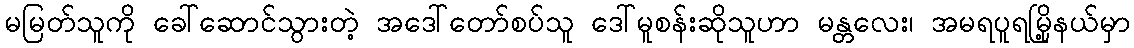
မမြတ်သူကို ခေါ်ဆောင်သွားတဲ့ အဒေါ်တော်စပ်သူ ဒေါ်မူစန်းဆိုသူဟာ မန္တလေး၊ အမရပူရမြို့နယ်မှာ